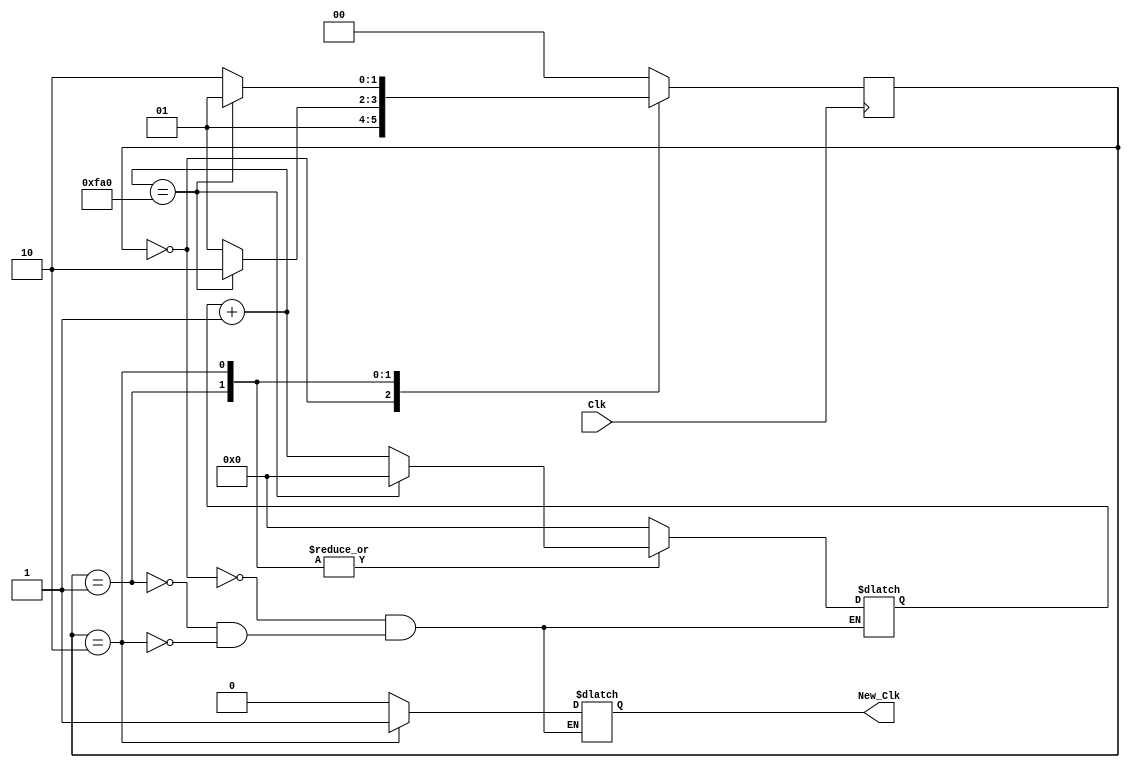
`timescale 1ns / 1ps
//////////////////////////////////////////////////////////////////////////////////
// Company: 
// Engineer: 
// 
// Design Name: 
// Module Name:    Freq_Covesor_Mouse 
// Project Name: 
// Target Devices: 
// Tool versions: 
// Description: 
//
// Dependencies: 
//
// Revision: 
// Revision 0.01 - File Created
// Additional Comments: 
//
//////////////////////////////////////////////////////////////////////////////////
module Freq_Covesor_Mouse(
    input Clk,
    output reg New_Clk
    );

//internal Var
reg[14:0] count;
reg [1:0] state, next_state;
//code
always@(Clk)
begin 
case(state)
   0:begin
	  New_Clk = 0;
	  count = 0;
	  next_state = 1;
	  end
   1:begin
	  New_Clk = 0;
	  count = count + 1;
	  if(count == 4000)
	  begin 
	     next_state = 2;
		  count = 0;
	  end
	  else 
	     next_state = 1;
	  end
	2:begin
	  New_Clk = 1;
	  count = count + 1; 
	  if(count == 4000)
	  begin
	     next_state = 1;
		  count = 0;
	  end
	  else 
	     next_state = 2; 
	  end
	 default:next_state = 0;
endcase
end 
always@(posedge Clk)
begin 
state <= next_state;
end

endmodule